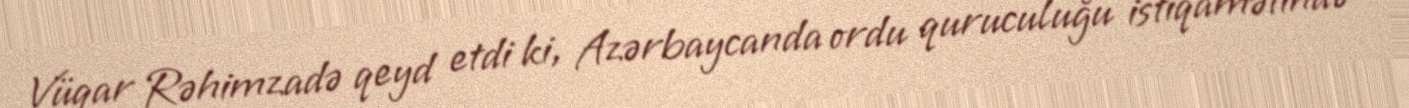
Vüqar Rəhimzadə qeyd etdi ki, Azərbaycanda ordu quruculuğu istiqamətində